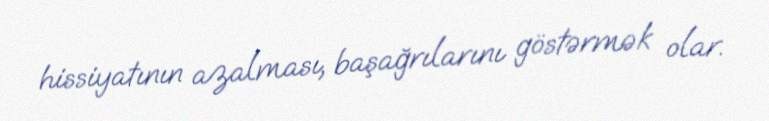
hissiyatının azalması, başağrılarını göstərmək olar.